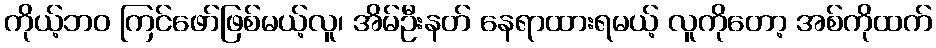
ကိုယ့်ဘဝ ကြင်ဖော်ဖြစ်မယ့်လူ၊ အိမ်ဦးနတ် နေရာထားရမယ့် လူကိုတော့ အစ်ကိုထက်